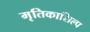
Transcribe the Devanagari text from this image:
मृतिकाशिल्प